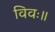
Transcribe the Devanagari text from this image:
विवः॥